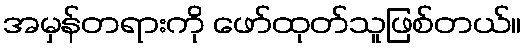
အမှန်တရားကို ဖော်ထုတ်သူဖြစ်တယ်။